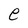
Character: e